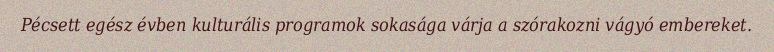
Pécsett egész évben kulturális programok sokasága várja a szórakozni vágyó embereket.